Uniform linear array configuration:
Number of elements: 4
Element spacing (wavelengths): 1
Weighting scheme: exponential
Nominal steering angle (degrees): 45
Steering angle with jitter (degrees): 43.744
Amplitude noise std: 0.05
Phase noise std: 0.05

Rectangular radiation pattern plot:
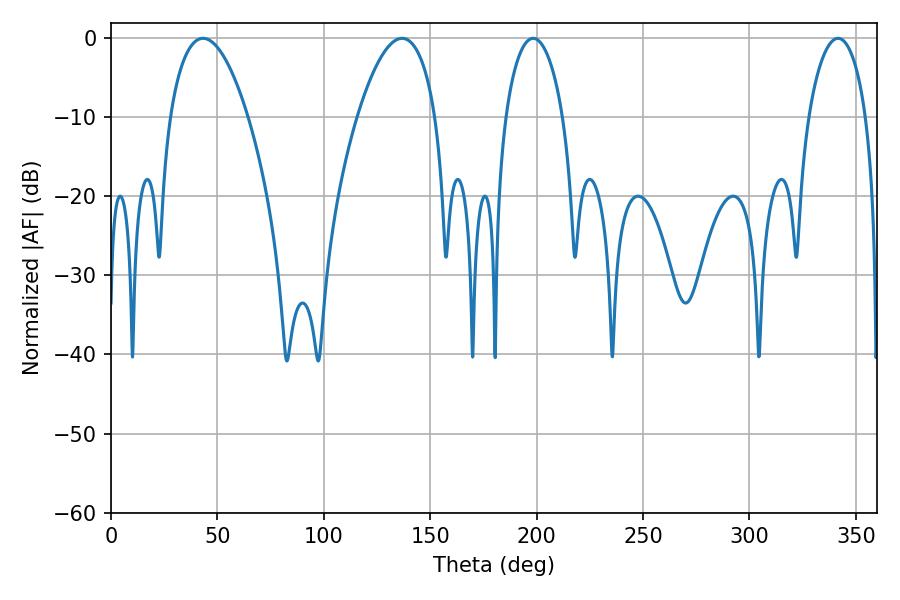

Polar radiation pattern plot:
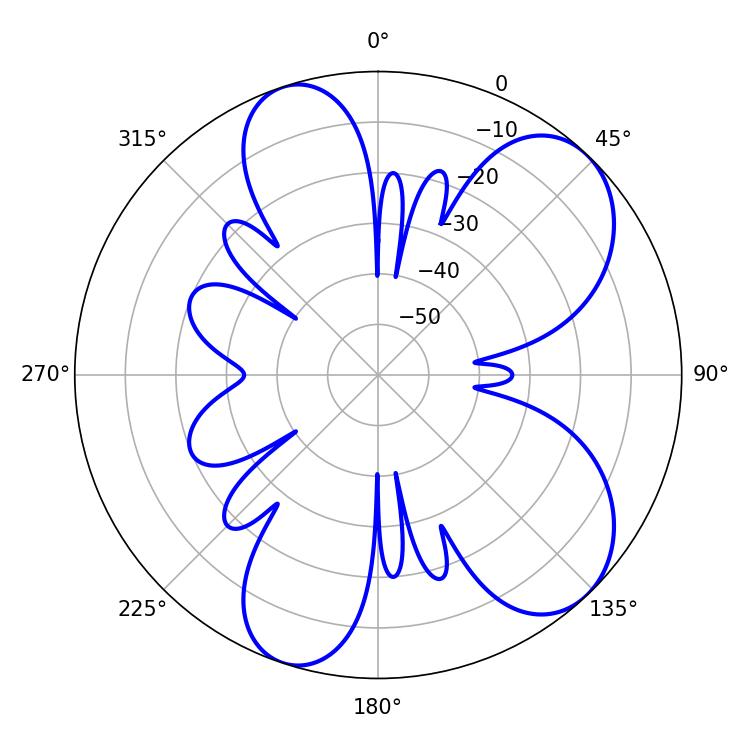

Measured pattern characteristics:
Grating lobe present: TRUE
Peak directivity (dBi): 7.66
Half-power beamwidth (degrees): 15.48
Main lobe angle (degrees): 198.36